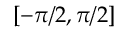
[ - \pi / 2 , \pi / 2 ]